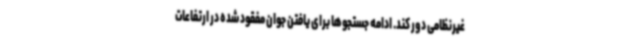
غیرنظامی دور کند. ادامه جستجوها برای یافتن جوان مفقود شده در ارتفاعات